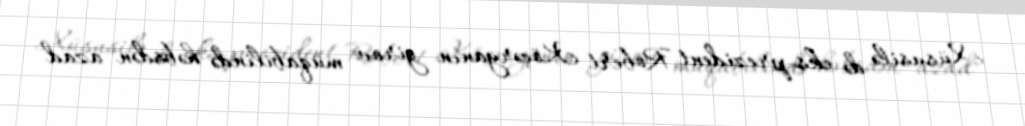
Xüsusilə də eks-prezident Robert Köçəryanın girov müqabilində həbsdən azad